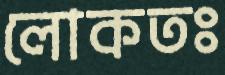
লোকতঃ